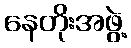
နေတိုးအဖွဲ့